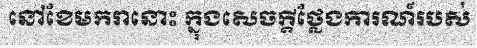
នៅខែមករានោះ ក្នុងសេចក្តីថ្លែងការណ៍របស់